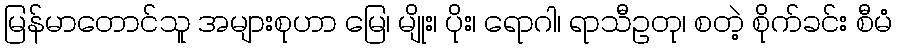
မြန်မာတောင်သူ အများစုဟာ မြေ၊ မျိုး၊ ပိုး၊ ရောဂါ၊ ရာသီဥတု၊ စတဲ့ စိုက်ခင်း စီမံ